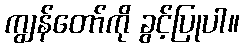
ကျွန်တော်ကို ခွင့်ပြုပါ။